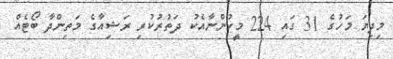
މިދިޔަ މަހުގެ 31 ގައި 224 މީހުންނާއެކު ދަތުރުކުރި ރަޝިއާގެ މަތިންދާ ބޯޓެއް